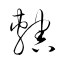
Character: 轄